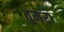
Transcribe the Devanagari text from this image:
तुमरा